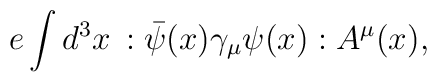
e \int d^3x\, : \bar{\psi}(x)\gamma_\mu \psi(x) : A^\mu(x),